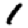
Digit: 1